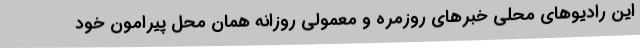
این رادیوهای محلی خبرهای روزمره و معمولی روزانه همان محل پیرامون خود